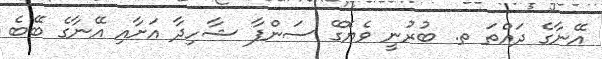
އޭނާގެ ދައްތަ ތ. ބުރުނީ ވެޔޮގޭ ސަންފާ ޝާހިދާ އަށާއި އޭނާގެ ބޭބެ